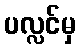
ပလ္လင်မှ